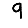
Digit: 9